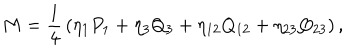
M = { \frac { 1 } { 4 } } \left( \eta _ { 1 } P _ { 1 } + \eta _ { 3 } Q _ { 3 } + \eta _ { 1 2 } Q _ { 1 2 } + \eta _ { 2 3 } Q _ { 2 3 } \right) ,